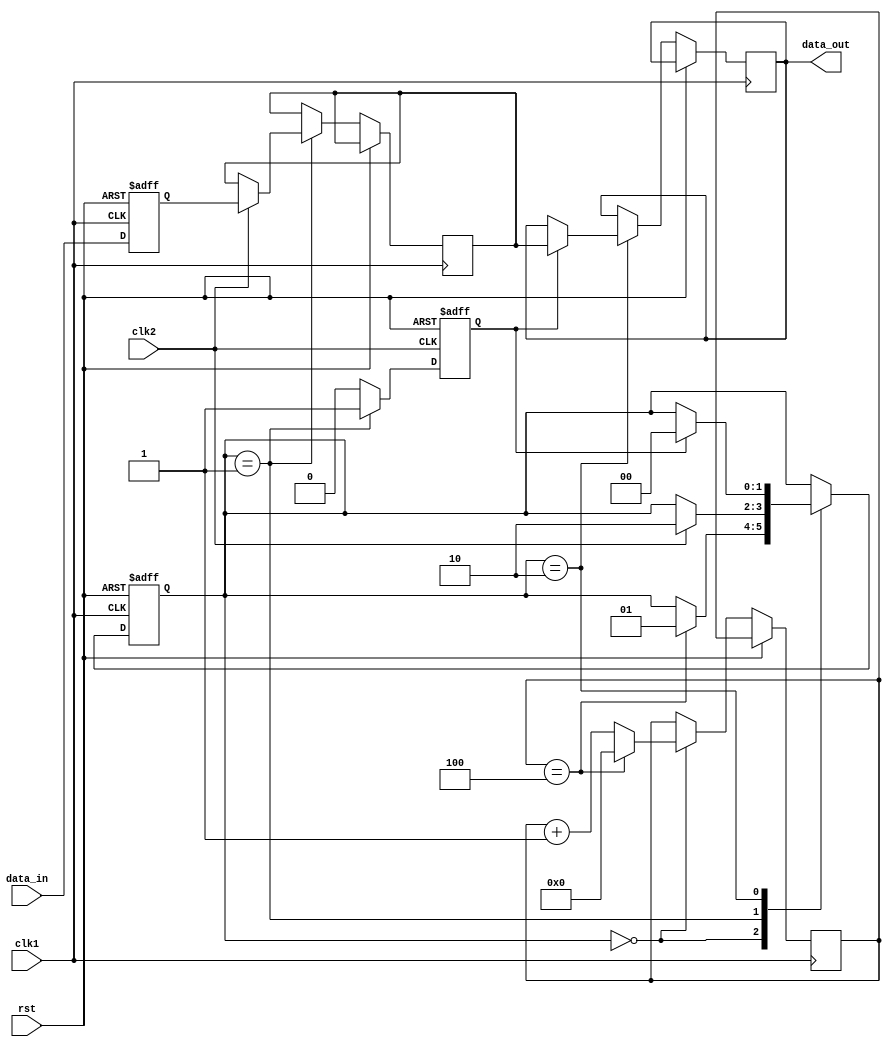
module synchronizer (
    input wire clk1, // Input clock domain 1
    input wire clk2, // Input clock domain 2
    input wire rst, // Reset signal
    input wire data_in, // Input data signal
    output reg data_out // Output synchronized data signal
);

reg flip_flop1, flip_flop2; // Flip-flops for synchronization
reg [1:0] state; // State variable for handshaking logic
reg ready; // Ready signal for confirming successful reception
reg [3:0] delay_counter; // Delay element for aligning signals

always @(posedge clk1 or posedge rst) begin
    if (rst) begin
        flip_flop1 <= 0; // Reset flip-flop 1
        state <= 0; // Reset state
    end else begin
        flip_flop1 <= data_in; // Capture incoming data
        case (state)
            0: begin
                    if (delay_counter == 4) begin
                        state <= 1; // Move to next state
                        delay_counter <= 0; // Reset delay counter
                    end else begin
                        delay_counter <= delay_counter + 1; // Increment delay counter
                    end
            end
            1: begin
                    if (clk2) begin // Synchronize flip-flop 1 on positive edge of clk2
                        flip_flop2 <= flip_flop1; // Synchronize data
                        state <= 2; // Move to next state
                    end
            end
            2: begin
                    if (ready) begin
                        data_out <= flip_flop2; // Output synchronized data
                        state <= 0; // Reset state
                    end
            end
        endcase
    end
end

// Handshaking logic
always @(posedge clk2 or posedge rst) begin
    if (rst) begin
        ready <= 0; // Reset ready signal
    end else begin
        case (state)
            1: begin
                    ready <= 1; // Set ready signal to confirm successful reception
            end
            default: begin
                    ready <= 0; // Reset ready signal
            end
        endcase
    end
end

endmodule